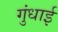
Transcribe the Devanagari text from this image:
गुंधाई